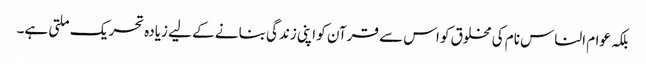
بلکہ عوام الناس نام کی مخلوق کو اس سے قرآن کو اپنی زندگی بنانے کے لیے زیادہ تحریک ملتی ہے۔